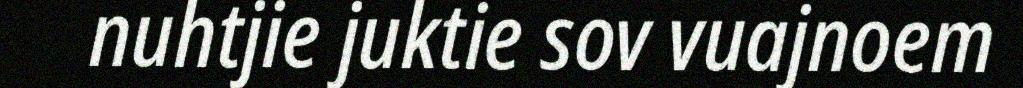
nuhtjie juktie sov vuajnoem